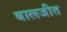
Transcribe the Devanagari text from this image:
बालजीत